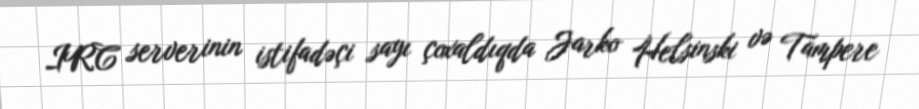
IRC serverinin istifadəçi sayı çoxaldıqda Jarko Helsinski və Tampere